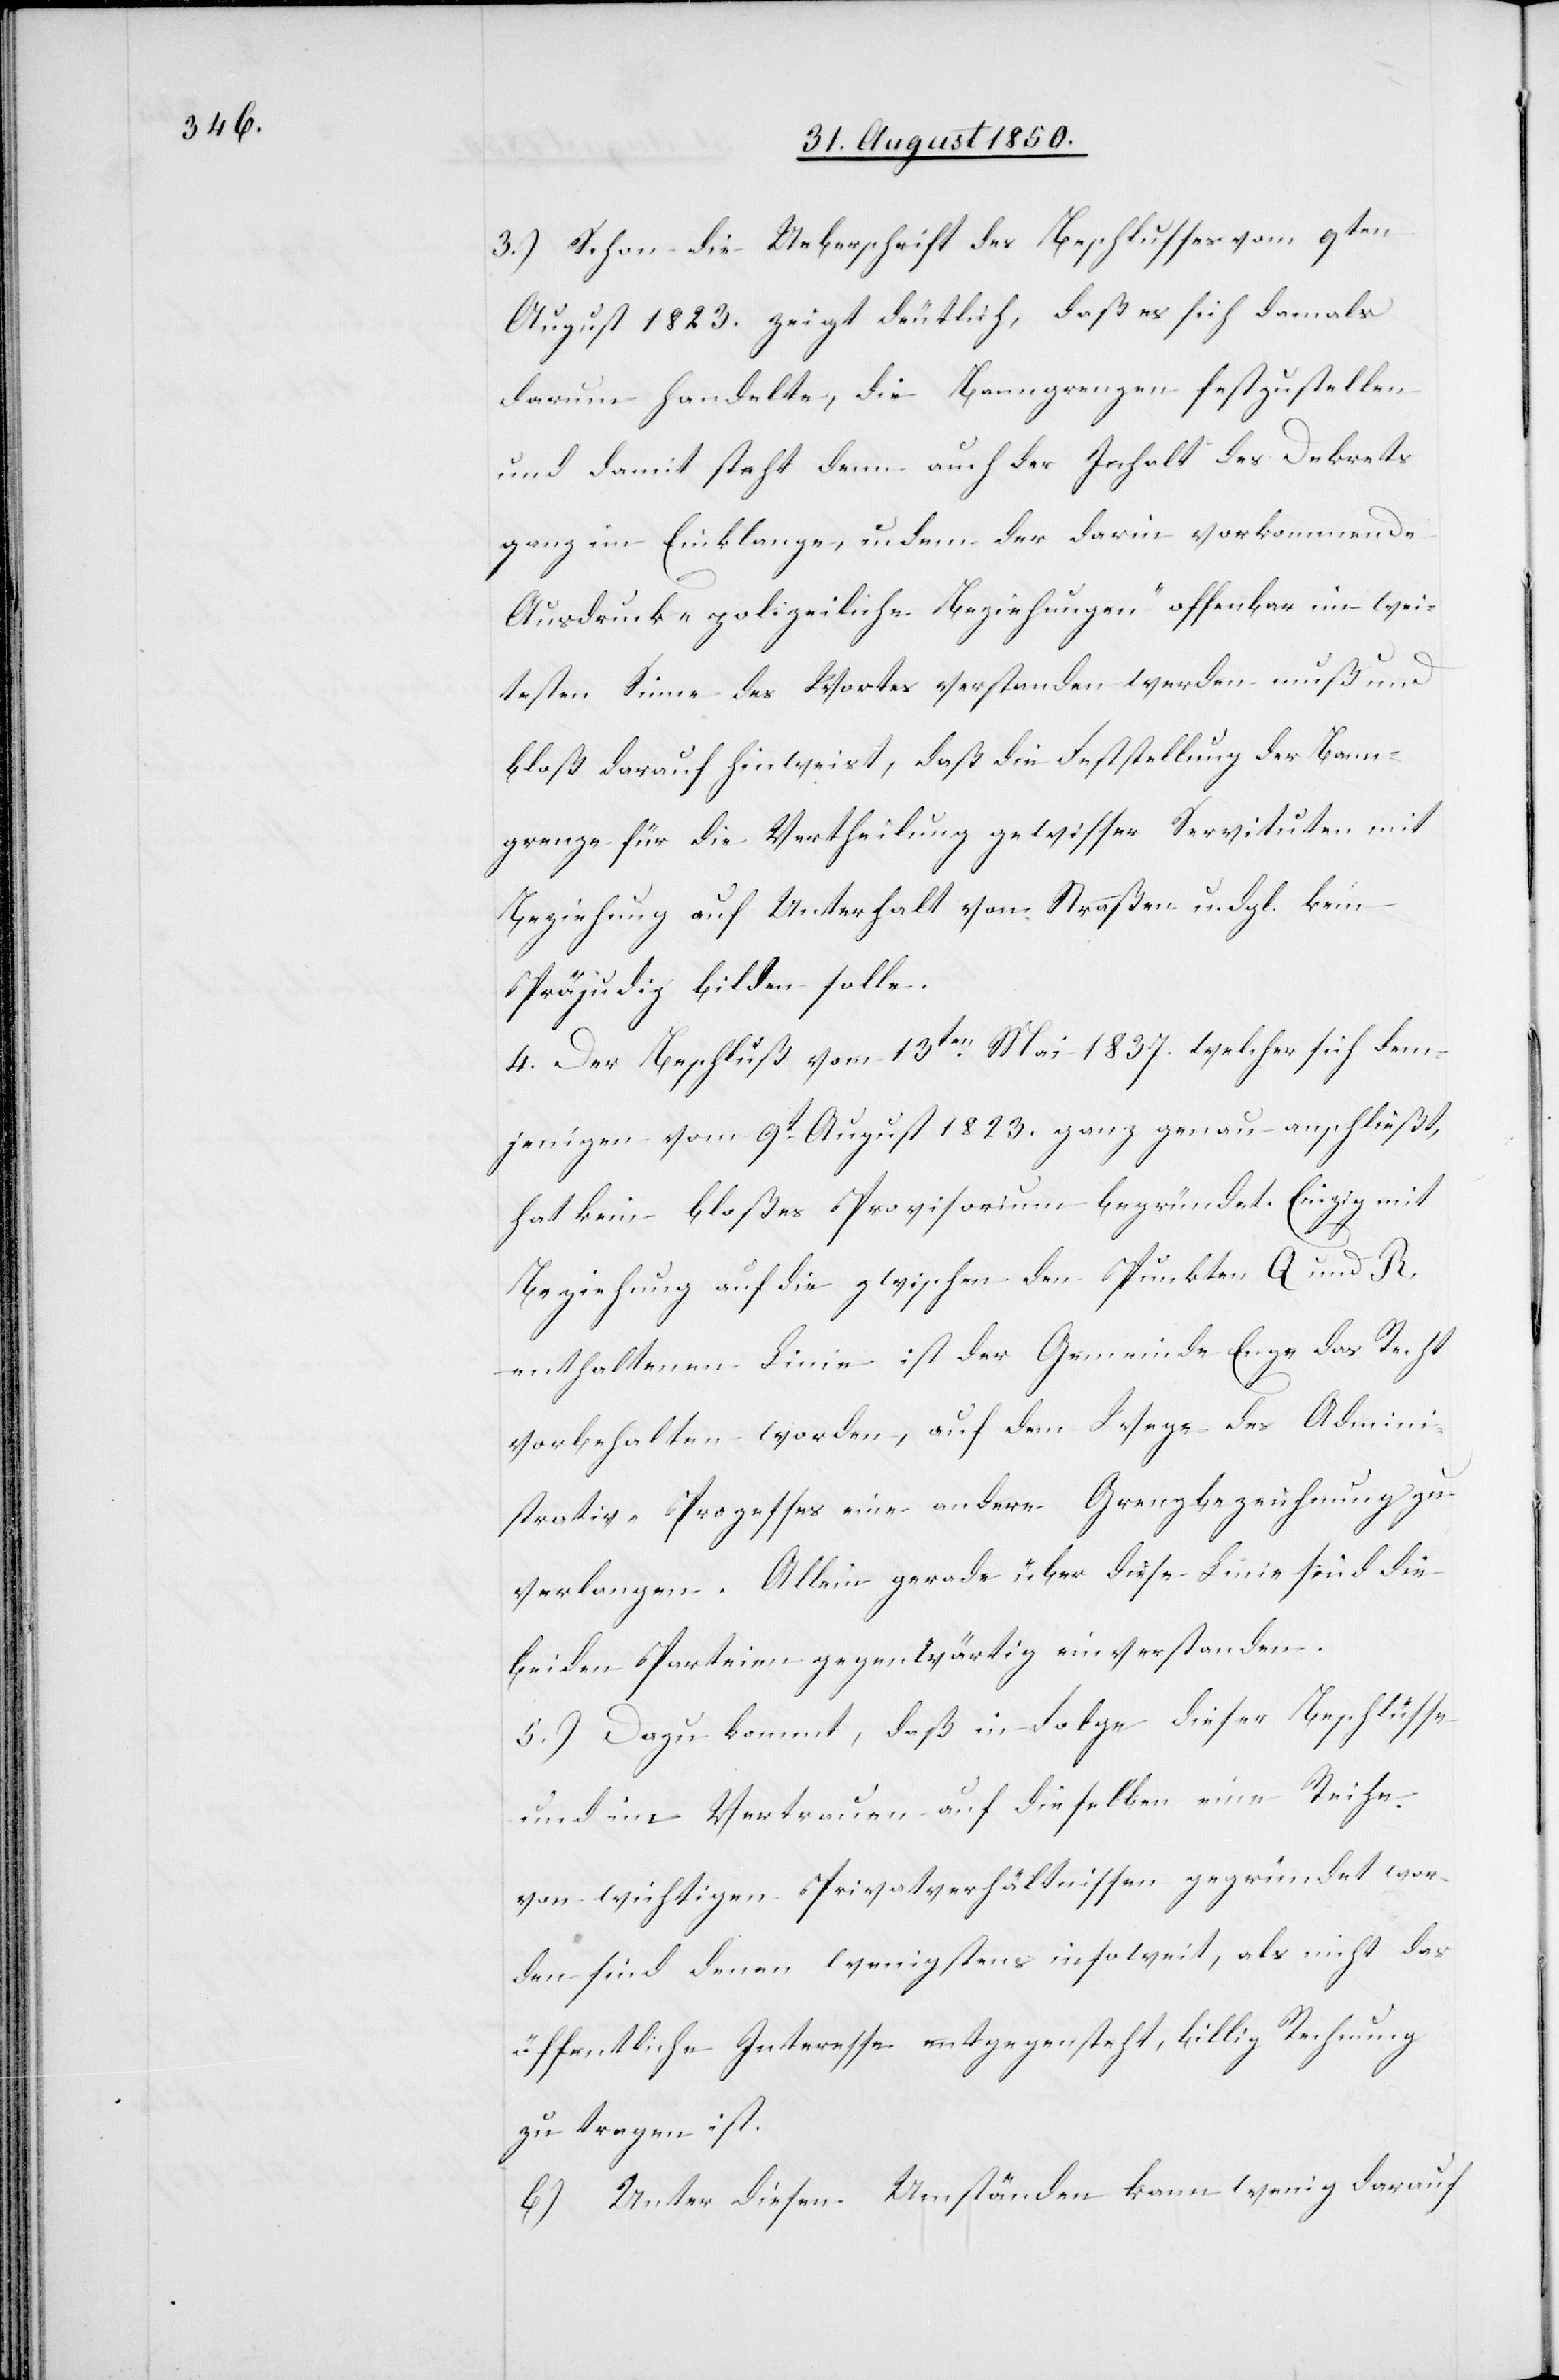
3.) Schon die Ueberschrift des Beschlusses vom 9ten
August 1823. zeigt deutlich, daß es sich damals
darum handelte, die Banngrenzen festzustellen
und damit steht denn auch der Inhalt des Dekrets
ganz im Einklange, indem der darin vorkommende
Ausdruck „polizeiliche Beziehungen“ offenbar im wei¬
testen Sinne des Wortes verstanden werden muß und
bloß darauf hinweist, das die Feststellung der Bann¬
grenze für die Vertheilung gewisser Servituten mit
Beziehung auf Unterhalt von Straßen u. dgl. kein
Präjudiz bilden solle.
4. Der Beschluß vom 13ten Mai 1837. welcher sich dem¬
jenigen vom 9t August 1823. ganz genau anschließt,
hat kein bloßes Provisorium begründet. Einzig mit
Beziehung auf die zwischen den Punkten Q und R
enthaltenen Linie ist der Gemeinde Enge das Recht
vorbehalten worden, auf dem Wege des Admini¬
strativ-Prozesses eine andere Grenzbezeichnung zu
verlangen. Allein gerade über diese Linie sind die
beiden Parteien gegenwärtig einverstanden.
5.) Dazu kommt, daß in Folge dieser Beschlüsse
und im Vertrauen auf dieselben eine Reihe
von wichtigen Privatverhältnissen gegründet wor¬
den sind denen wenigstens insoweit, als nicht das
öffentliche Interesse entgegensteht, billig Rechnung
zu tragen ist.
6) Unter diesen Umständen kann wenig darauf